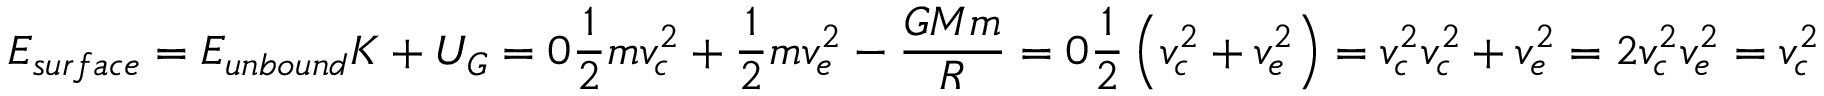
E _ { s u r f a c e } = E _ { u n b o u n d } K + U _ { G } = 0 \frac { 1 } { 2 } m v _ { c } ^ { 2 } + \frac { 1 } { 2 } m v _ { e } ^ { 2 } - \frac { G M m } { R } = 0 \frac { 1 } { 2 } \left( v _ { c } ^ { 2 } + v _ { e } ^ { 2 } \right) = v _ { c } ^ { 2 } v _ { c } ^ { 2 } + v _ { e } ^ { 2 } = 2 v _ { c } ^ { 2 } v _ { e } ^ { 2 } = v _ { c } ^ { 2 }